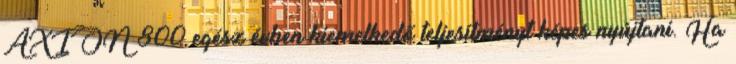
AXION 800 egész évben kiemelkedő teljesítményt képes nyújtani. Ha